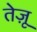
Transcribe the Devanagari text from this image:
तेज़ू